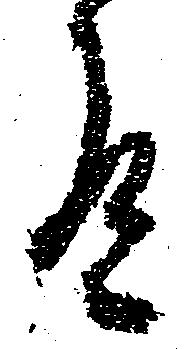
有